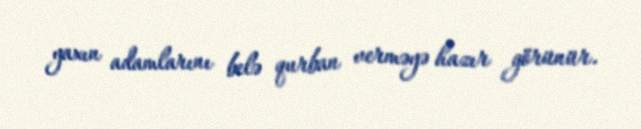
yaxın adamlarını belə qurban verməyə hazır görünür.